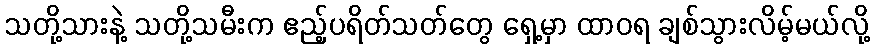
သတို့သားနဲ့ သတို့သမီးက ဧည့်ပရိတ်သတ်တွေ ရှေ့မှာ ထာဝရ ချစ်သွားလိမ့်မယ်လို့